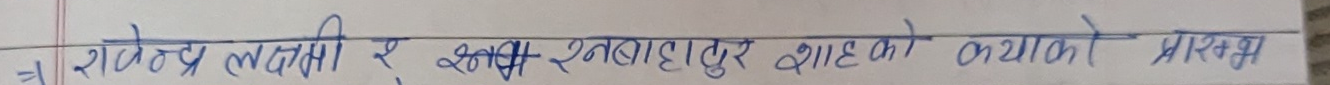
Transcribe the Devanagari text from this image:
हे रजेन्द्र लक्षमी र इनबाहदुर शाह को व्याको भारद्वाज